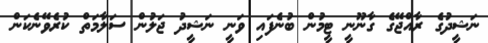
ނަޝީދުގެ ރާއްޖޭގެ ގާނޫނީ ޓީމުން ބުނެފައި ވަނީ ނަޝީދު ޖަލުން ސަލާމަތް ކުރެވޭނެކަން